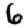
Digit: 6